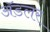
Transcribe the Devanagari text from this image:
अॅडलर